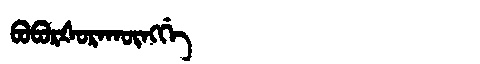
Manchu: ᠪᠣᠪᠣᡵᡧᠣᡵᠠᡴᡡᠩᡤᡝ
Romanization: BOBORŠORAKŪNGGE